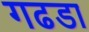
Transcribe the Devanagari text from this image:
गढडा